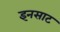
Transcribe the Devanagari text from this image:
इनसाट